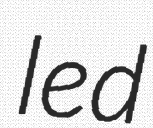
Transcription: led